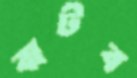
বাটব